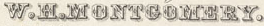
W.H.MONTGOMERY.